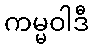
ကမ္မဝါဒီ